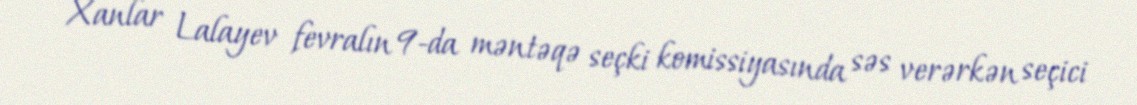
Xanlar Lalayev fevralın 9-da məntəqə seçki komissiyasında səs verərkən seçici